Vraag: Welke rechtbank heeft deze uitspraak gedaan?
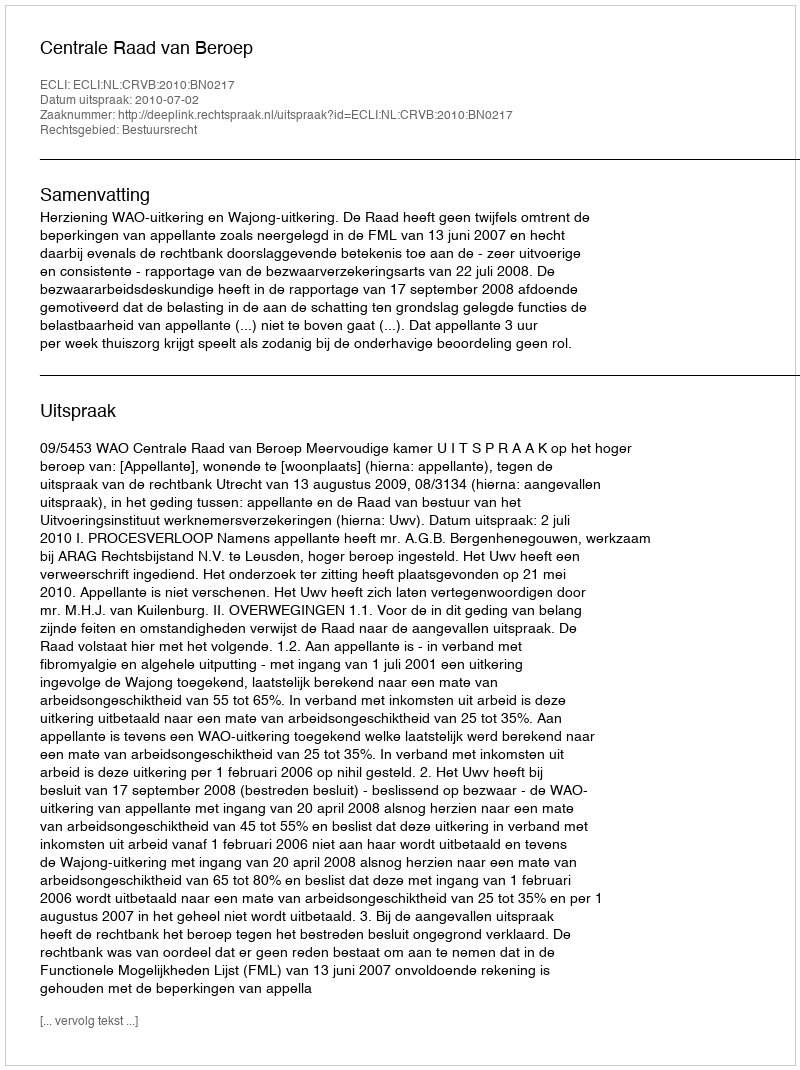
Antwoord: Centrale Raad van Beroep